Annual report of the Punjab Veterinary College and of the Civil Veterinary Department, Punjab - 1894-1908
Year: 1894
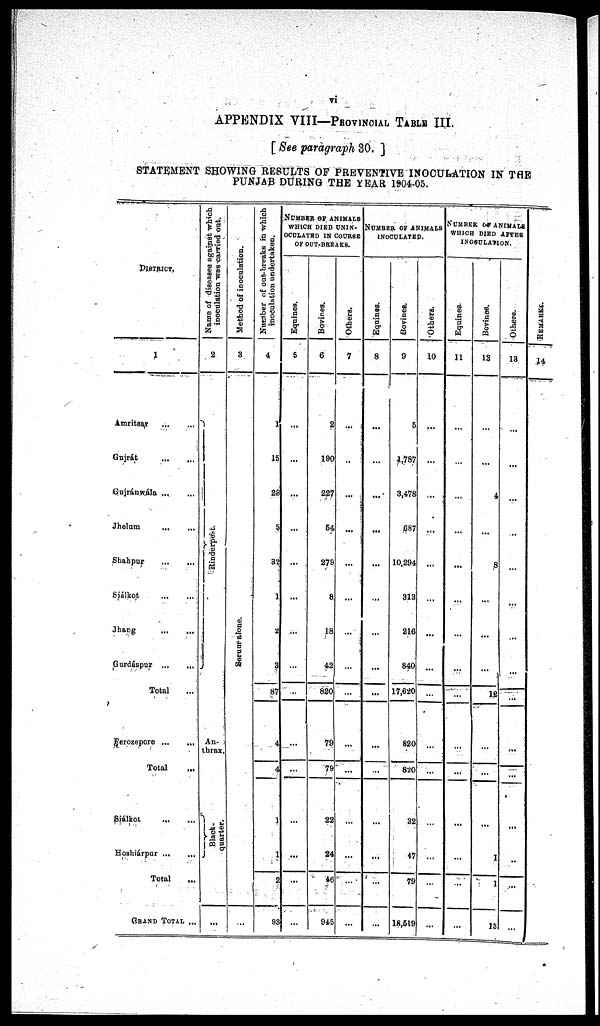
vi
APPENDIX VIII—PROVINCIAL TABLE III.
[ See paragraph 30. ]
STATEMENT SHOWING RESULTS OF PREVENTIVE INOCULATION IN THE
PUNJAB DURING THE YEAR 1904-05.
DISTRICT.
1
Amritsar ... ... ...
Gujrát
...
...
Gujránwála ... ...
Jhelum ... ...
Shahpur
...
...
Siálkot ... ...
Jharg ... ...
Gurdáspur ... ...
Total ...
Ferozepore
...
...
Total ...
Siálkot ... ...
Hoshiárpur ... ...
Total ...
GRAND TOTAL ...
Name of diseases against which
inoculation was carried out.
2
Ri nder pes t
.
An-
thrax.
Black-
quarter.
...
Method of inoculation.
3
Ser um al one.
...
Number of out-breaks in which
inoculation undertaken.
4
1
15
28
5
32
1
2
3
87
4
4
1
1
2
93
NUMBER OF ANIMALS
WHICH DIED UNIN-
OCULATED IN COURSE
OF OUT-BREAKS.
Equines.
5
...
...
...
...
...
...
...
...
...
...
...
...
...
...
...
Bovines.
6
2
190
227
54
279
8
18
42
820
79
79
22
24
46
945
Others.
7
...
..
...
...
...
...
...
...
...
...
...
...
...
...
...
NUMBER OF ANIMALS
INOCULATED.
Equines.
8
...
...
...
...
...
...
...
...
...
...
...
...
...
...
Bovines.
9
5
1,787
3,478
687
10,294
313
216
840
17,620
820
820
32
47
79
18,519
Others.
10
...
...
...
...
...
...
...
...
...
...
...
...
...
...
...
NUMBER OF ANIMALS
WHICH DIED AFTER
INOCULATION.
Equines.
11
...
...
...
...
...
...
...
...
...
...
...
...
...
...
...
...
Bovines.
12
...
...
4
...
8
...
...
...
...
12
...
...
1
1
13
Others.
13
...
...
...
...
..
...
...
...
...
...
...
...
...
.....
...
...
RE MARKS .
14